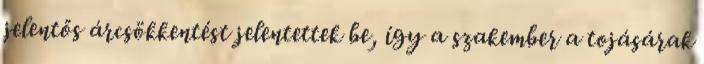
jelentős árcsökkentést jelentettek be, így a szakember a tojásárak